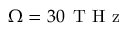
\Omega = 3 0 \, \mathrm { ~ T ~ H ~ z ~ }